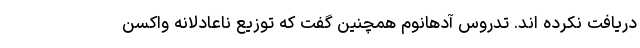
دریافت نکرده اند. تدروس آدهانوم همچنین گفت که توزیع ناعادلانه واکسن